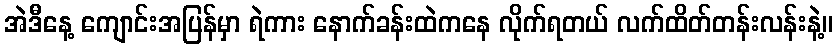
အဲဒီနေ့ ကျောင်းအပြန်မှာ ရဲကား နောက်ခန်းထဲကနေ လိုက်ရတယ် လက်ထိတ်တန်းလန်းနဲ့။